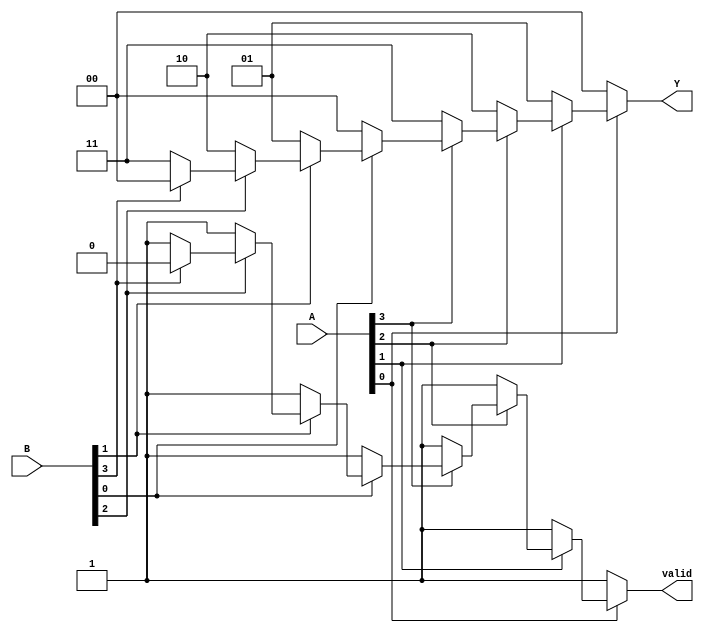
module dual_priority_encoder (
    input wire [3:0] A,  // Active low inputs for set A
    input wire [3:0] B,  // Active low inputs for set B
    output reg [1:0] Y,   // Binary output representing the index of the highest-priority active input
    output reg valid      // Active indicator
);

    always @(*) begin
        // Initialize outputs
        Y = 2'b00;  // Default output
        valid = 1'b0; // Default valid output

        // Check inputs from set A first (higher priority)
        if (~A[0]) begin
            Y = 2'b00; // A0 is active
            valid = 1'b1;
        end else if (~A[1]) begin
            Y = 2'b01; // A1 is active
            valid = 1'b1;
        end else if (~A[2]) begin
            Y = 2'b10; // A2 is active
            valid = 1'b1;
        end else if (~A[3]) begin
            Y = 2'b11; // A3 is active
            valid = 1'b1;
        end
        // If no inputs from set A are active, check set B
        else if (~B[0]) begin
            Y = 2'b00; // B0 is active
            valid = 1'b1;
        end else if (~B[1]) begin
            Y = 2'b01; // B1 is active
            valid = 1'b1;
        end else if (~B[2]) begin
            Y = 2'b10; // B2 is active
            valid = 1'b1;
        end else if (~B[3]) begin
            Y = 2'b11; // B3 is active
            valid = 1'b1;
        end
    end

endmodule